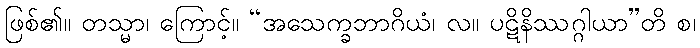
ဖြစ်၏။ တသ္မာ၊ ကြောင့်။ “အသေက္ခဘာဂိယံ၊ လ။ ပဋိနိဿဂ္ဂါယာ”တိ စ၊